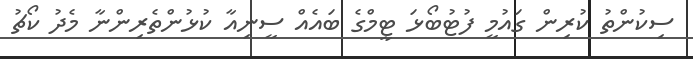
ސިކުންތު ކުރިން ގައުމީ ފުޓުބޯޅަ ޓީމްގެ ބައެއް ސީނިއާ ކުޅުންތެރިންނާ މެދު ކޯޗު